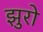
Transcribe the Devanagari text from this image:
झुरो